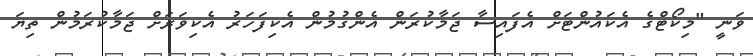
ވަނީ "މިކޯޓްގެ އެކައުންޓަށް އެފައިސާ ޖަމާކުރަން އެންގުމުން އެކިފަހަރު އެކިވަރަށް ޖަމާކުރަމުން ތިޔަ